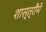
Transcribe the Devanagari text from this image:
शास्त्रौंमे